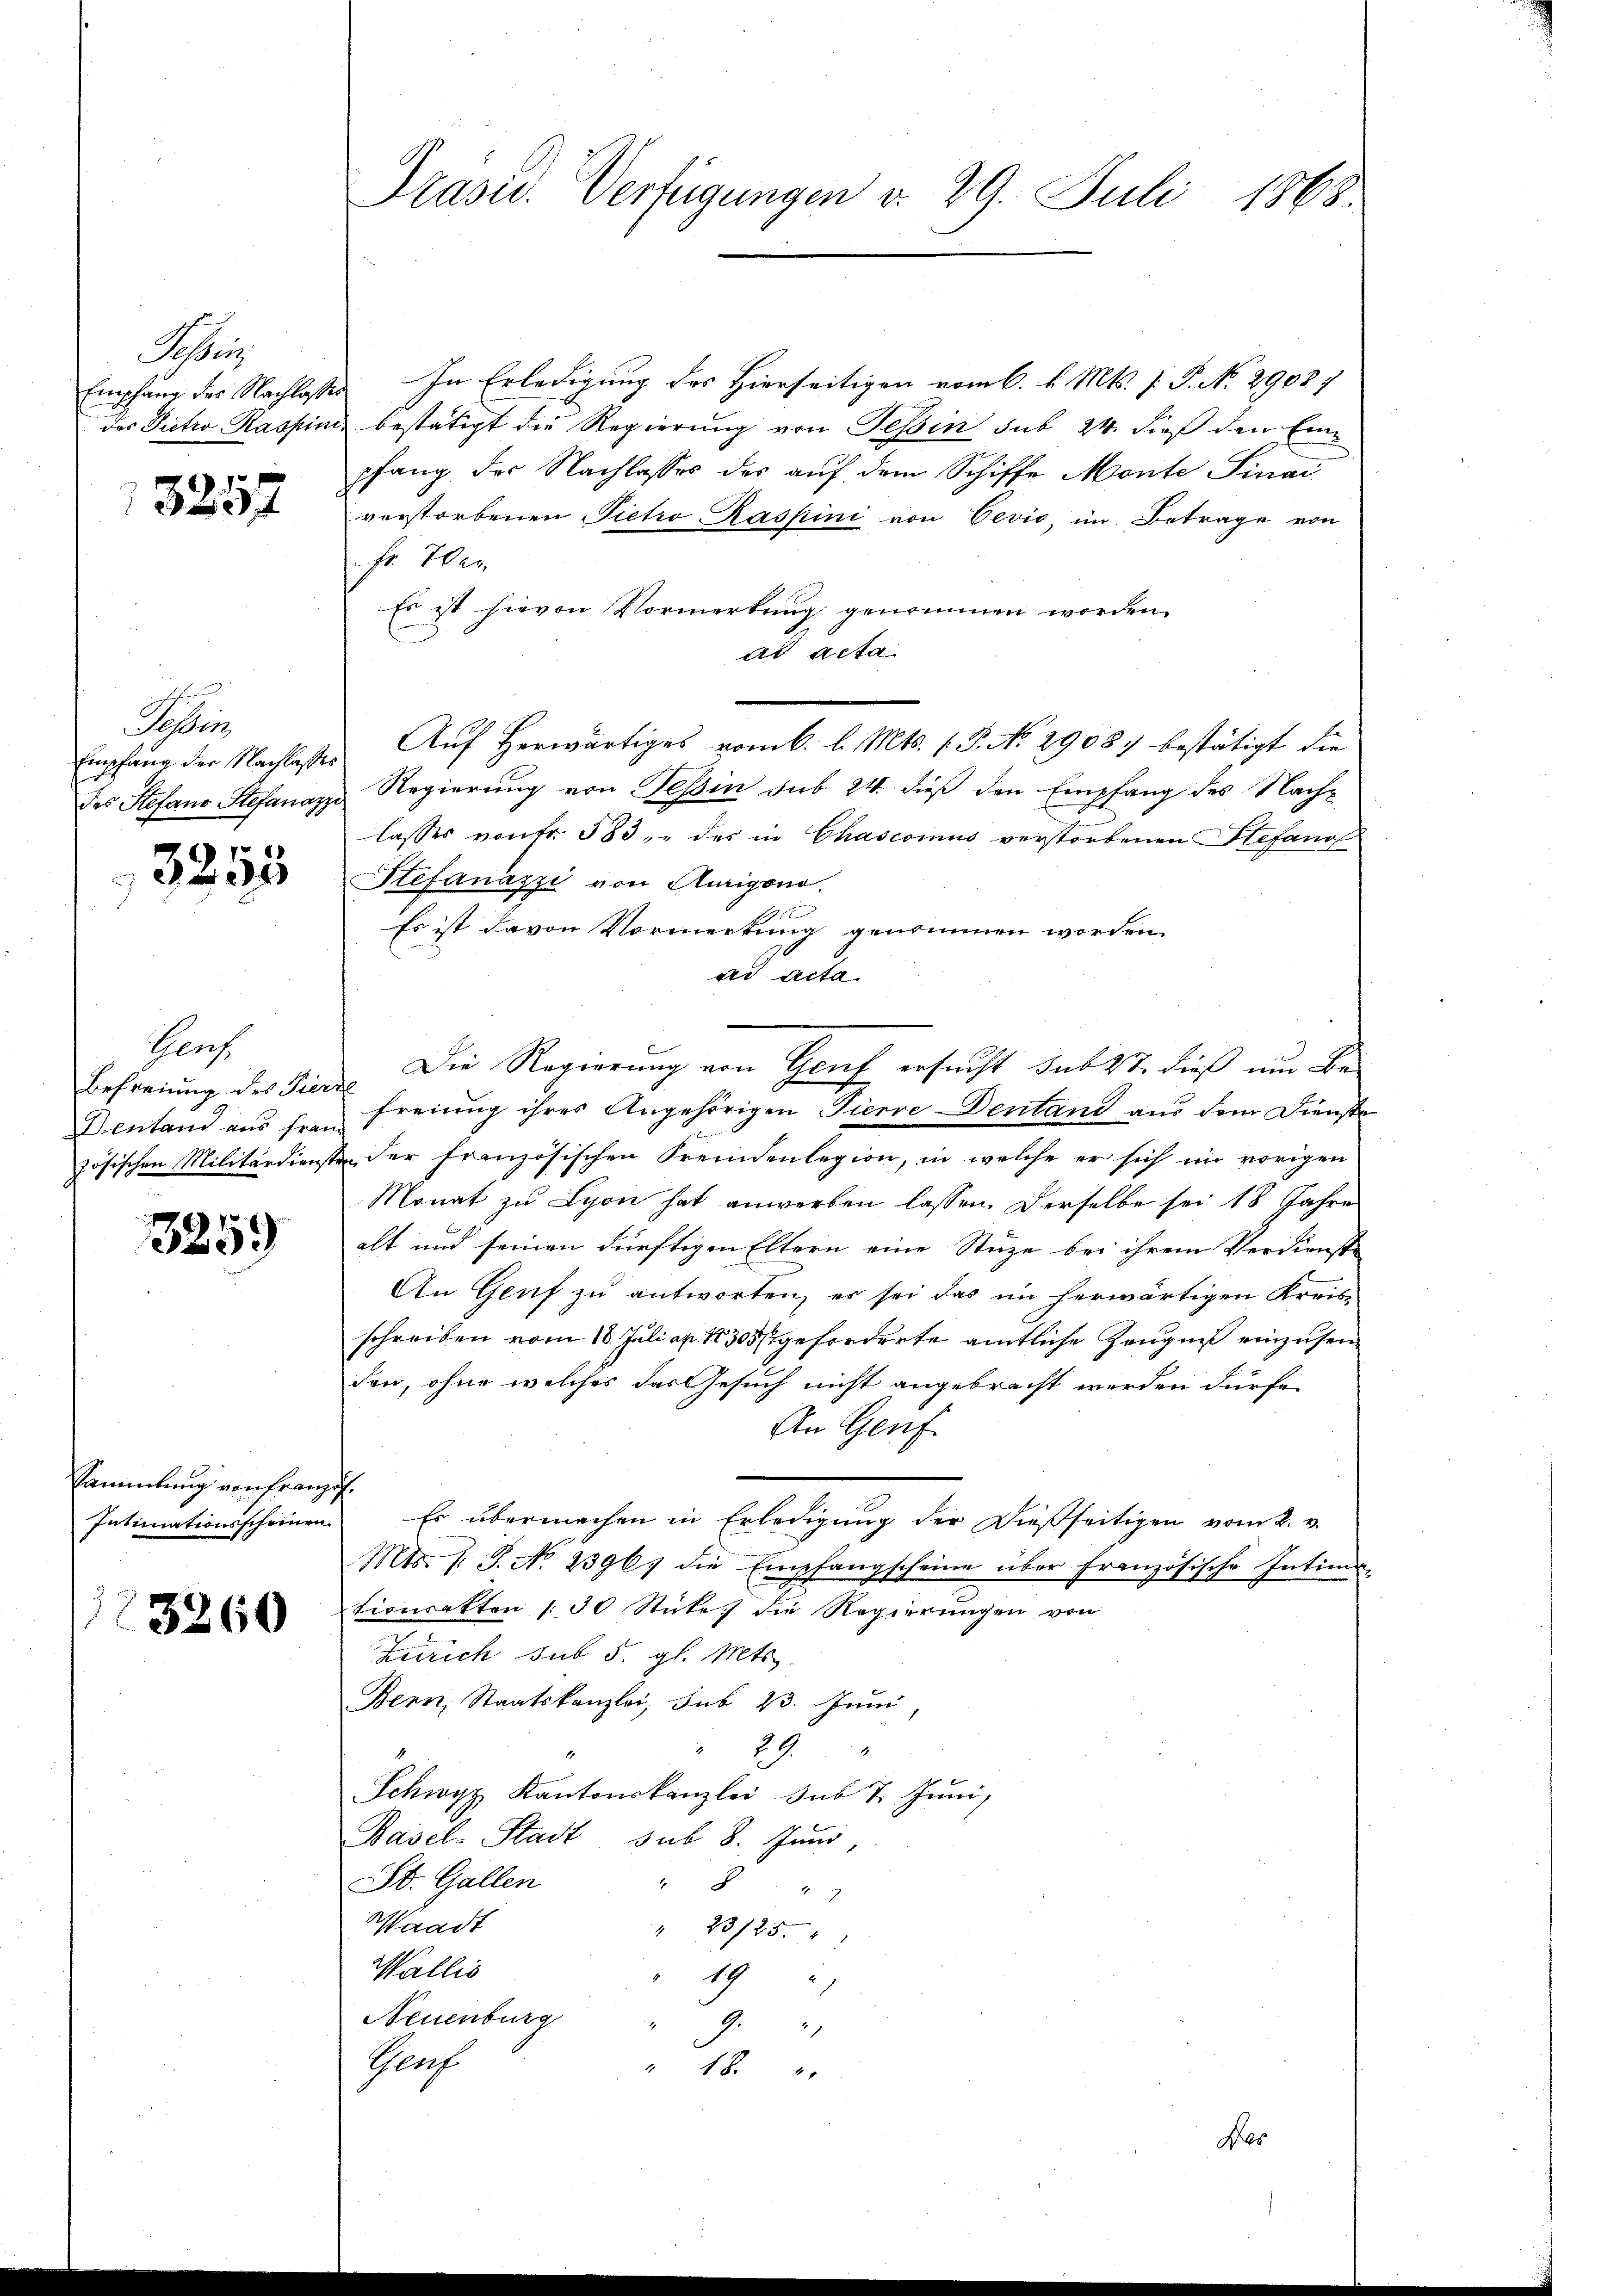
Achen
Empfang des Nachlasse
des Pietro Raspini

3257

Sehen
Empfang der Nachlasses
des Stefand Stefanazzi

3255

Genf
Befreiung des Tier
Dentand aus frai
zösischen Militärdienst

325.

Sammlung von Franz
Intimationsscheinen.

3260

Prasiv. Verfügungen v. 29. Juli 1868

In Erledigung des Hierseitigen vom 6. d. Mts. f. P. No. 29037
 bestätigt die Regierung von Tessin sub 24. dieß den Einpfang der Nachlasses des auf dem Schiffe Monte Sinai
verstorbenen Pietio Raspini von Cevio, im Betrage von
fr. Wen
Es ist hievon Vormerkung genommen worden.
ad acta
Auf Herwärtiges vom 6. l. Mts. (T. No 2908 bestätigt die
Regierung von Tessin sub 24. dieß den Empfang des Nachlasses von fr. 583, des in Chascoinus verstorbenen Stefanof
Stefanazzi von Aurigono
1 f
Es ist davon Vormerkung genommen worden.
ad acta
Die Regierung von Genf ersucht subst dieß um Befreiung ihres Angehörigen Tierre Dentand aus dem Dienste
der französischen Fremdenlegion, in welche er sich im vorigen
Monat zu Lyon hat anwerben lassen. Derselbe sei 18 Jahre
alt und seinen dürftigen Eltern eine Stuze bei ihrem Verdienste
An Genf zu antworten, es sei das im herwärtigen Kreisschreiben vom 18. Juli ap. 1830 geforderte amtliche Zeugniß einzusein
den, ohne welches das Gesuch nicht angebracht werden dürfe,
An Genf
.
Es übermachen in Erledigung der dießseitigen vom 2. v.
Mts. v. J. No 23961 die Empfangscheine über Französische Intimi-
tionsakten /: 30 Stücke, die Regierungen von
e
Zürich sub 5. gl. Mts.
Bern, Staatskanzlei, sub 23. Juni,
" 29
Schwyz, Kantonskanzlei sub 7. Juni,
Basel-Stadt sub 8. Juni,
St. Gallen
8
Waadt
" 23/25.
Wallis
19
Neuenburg
9.
Gruf
" 18 x

Des